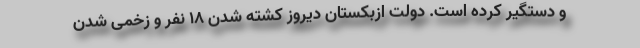
و دستگیر کرده است. دولت ازبکستان دیروز کشته شدن 18 نفر و زخمی شدن